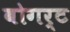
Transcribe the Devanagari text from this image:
बोगर्ट